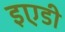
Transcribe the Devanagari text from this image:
इएडी